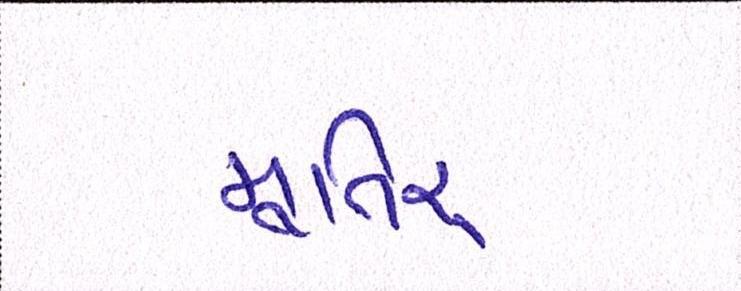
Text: મૂતિર્